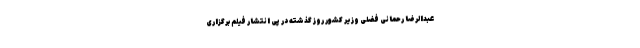
عبدالرضا رحمانی فضلی وزیر کشور روز گذشته در پی انتشار فیلم برگزاری